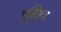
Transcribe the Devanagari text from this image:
पुष्टिप्रद